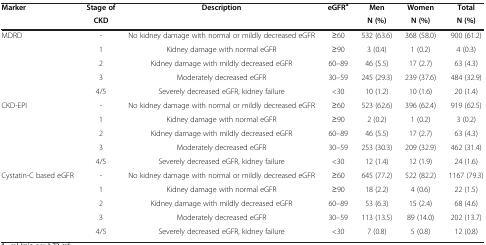
<table><thead><tr><td><b>Marker</b></td><td><b>Stage of</b></td><td><b>Description</b></td><td><b>eGFR<sup>a</sup></b></td><td><b>Men</b></td><td><b>Women</b></td><td><b>Total</b></td></tr><tr><td><b> </b></td><td><b>CKD</b></td><td><b> </b></td><td><b> </b></td><td><b>N (%)</b></td><td><b>N (%)</b></td><td><b>N (%)</b></td></tr></thead><tbody><tr><td>MDRD</td><td>-</td><td>No kidney damage with normal or mildly decreased eGFR</td><td>≥60</td><td>532 (63.6)</td><td>368 (58.0)</td><td>900 (61.2)</td></tr><tr><td> </td><td>1</td><td>Kidney damage with normal eGFR</td><td>≥90</td><td>3 (0.4)</td><td>1 (0.2)</td><td>4 (0.3)</td></tr><tr><td> </td><td>2</td><td>Kidney damage with mildly decreased eGFR</td><td>60–89</td><td>46 (5.5)</td><td>17 (2.7)</td><td>63 (4.3)</td></tr><tr><td> </td><td>3</td><td>Moderately decreased eGFR</td><td>30–59</td><td>245 (29.3)</td><td>239 (37.6)</td><td>484 (32.9)</td></tr><tr><td> </td><td>4/5</td><td>Severely decreased eGFR, kidney failure</td><td>&lt;30</td><td>10 (1.2)</td><td>10 (1.6)</td><td>20 (1.4)</td></tr><tr><td>CKD-EPI</td><td>-</td><td>No kidney damage with normal or mildly decreased eGFR</td><td>≥60</td><td>523 (62.6)</td><td>396 (62.4)</td><td>919 (62.5)</td></tr><tr><td> </td><td>1</td><td>Kidney damage with normal eGFR</td><td>≥90</td><td>2 (0.2)</td><td>1 (0.2)</td><td>3 (0.2)</td></tr><tr><td> </td><td>2</td><td>Kidney damage with mildly decreased eGFR</td><td>60–89</td><td>46 (5.5)</td><td>17 (2.7)</td><td>63 (4.3)</td></tr><tr><td> </td><td>3</td><td>Moderately decreased eGFR</td><td>30–59</td><td>253 (30.3)</td><td>209 (32.9)</td><td>462 (31.4)</td></tr><tr><td> </td><td>4/5</td><td>Severely decreased eGFR, kidney failure</td><td>&lt;30</td><td>12 (1.4)</td><td>12 (1.9)</td><td>24 (1.6)</td></tr><tr><td>Cystatin-C based eGFR</td><td>-</td><td>No kidney damage with normal or mildly decreased eGFR</td><td>≥60</td><td>645 (77.2)</td><td>522 (82.2)</td><td>1167 (79.3)</td></tr><tr><td> </td><td>1</td><td>Kidney damage with normal eGFR</td><td>≥90</td><td>18 (2.2)</td><td>4 (0.6)</td><td>22 (1.5)</td></tr><tr><td> </td><td>2</td><td>Kidney damage with mildly decreased eGFR</td><td>60–89</td><td>53 (6.3)</td><td>15 (2.4)</td><td>68 (4.6)</td></tr><tr><td> </td><td>3</td><td>Moderately decreased eGFR</td><td>30–59</td><td>113 (13.5)</td><td>89 (14.0)</td><td>202 (13.7)</td></tr><tr><td> </td><td>4/5</td><td>Severely decreased eGFR, kidney failure</td><td>&lt;30</td><td>7 (0.8)</td><td>5 (0.8)</td><td>12 (0.8)</td></tr></tbody></table>